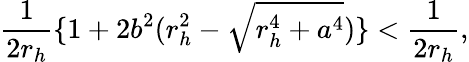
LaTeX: \frac{1}{2r_{h}}\{ 1+2b^{2}(r_{h}^{2}-\sqrt{r_{h}^{4}+a^{4}})\} <\frac{1}{2r_{h}},